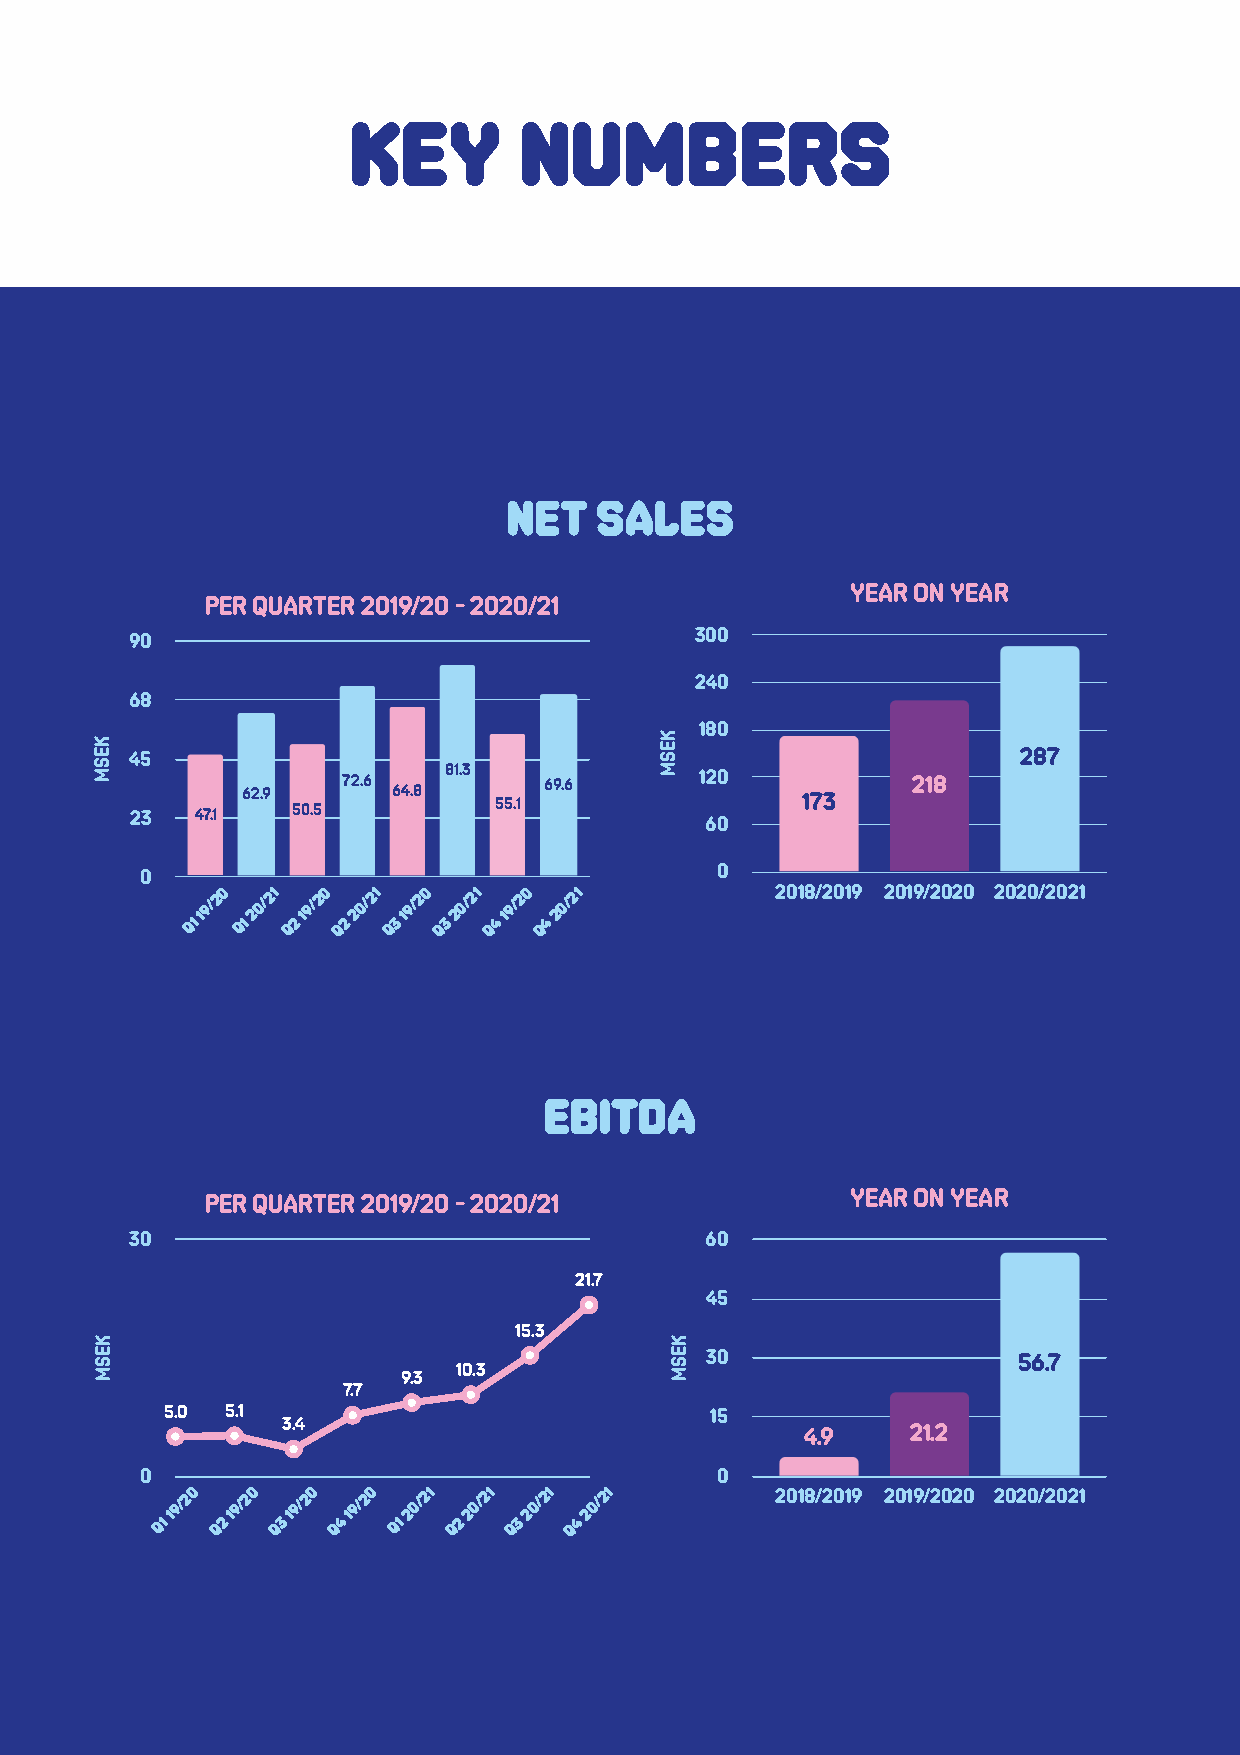
Key        numbers
 Net  sales
 year on year
 per quarter 2019/20 - 2020/21
 90                                   300
 240
 68
 180
 45                                                         287
 72.6  81.3   69.6      120           218
 23  47.1 62.9 50.5 64.8 55.1          60    173
 0                                     0
 Q1
 19/20
 Q1
 20/21
 Q2
 19/20
 Q2
 20/21
 Q3
 19/20
 Q3
 20/21
 Q4
 19/20
 Q4
 20/21         2018/2019 2019/2020 2020/2021
 EBITDA
 PER QUARTER 2019/20 - 2020/21             year on year
 30                                    60
 21.7
 45
 15.3
 30                  56.7
 10.3
 9.3
 7.7
 5.0 5.1                             15
 3.4
 4.9    21.2
 0                                     0
 Q1
 19/20
 Q2
 19/20
 Q3
 19/20
 Q4
 19/20
 Q1
 20/21
 Q2
 20/21
 Q3
 20/21
 Q4
 20/21       2018/2019 2019/2020 2020/2021
 MAG Interactive AB (publ) org. nr: 556804-3524                   6
 KESm
 kesM
 KESM
 KESM